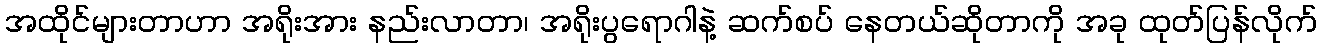
အထိုင်များတာဟာ အရိုးအား နည်းလာတာ၊ အရိုးပွရောဂါနဲ့ ဆက်စပ် နေတယ်ဆိုတာကို အခု ထုတ်ပြန်လိုက်